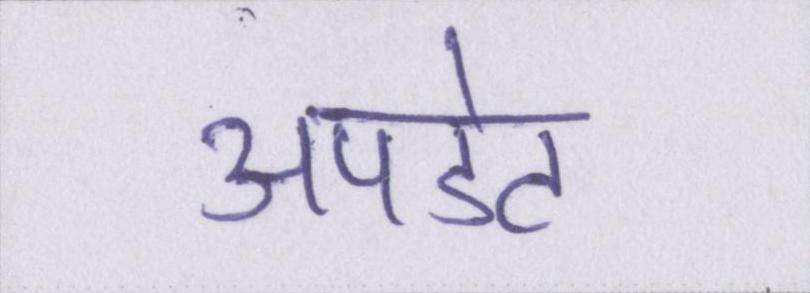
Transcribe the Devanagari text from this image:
अपडेट